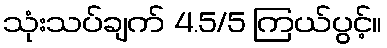
သုံးသပ်ချက် 4.5/5 ကြယ်ပွင့်။